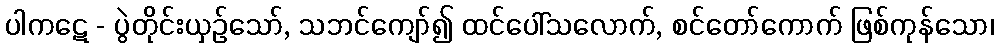
ပါကဋေ - ပွဲတိုင်းယှဉ်သော်, သဘင်ကျော်၍ ထင်ပေါ်သလောက်, စင်တော်ကောက် ဖြစ်ကုန်သော၊